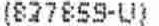
(827859-U)